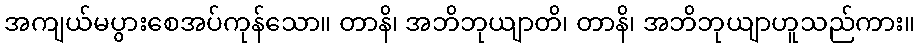
အကျယ်မပွားစေအပ်ကုန်သော။ တာနိ၊ အဘိဘုယျာတိ၊ တာနိ၊ အဘိဘုယျာဟူသည်ကား။